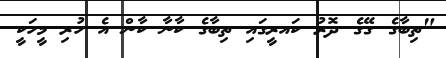
"ތިބާގެ ގޭގެ ދޮރު ކައރީގައި ތިބާގެ ކާނާ ކާން އެ ހުރި މީހަކީ